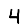
Digit: 4